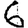
Digit: 6